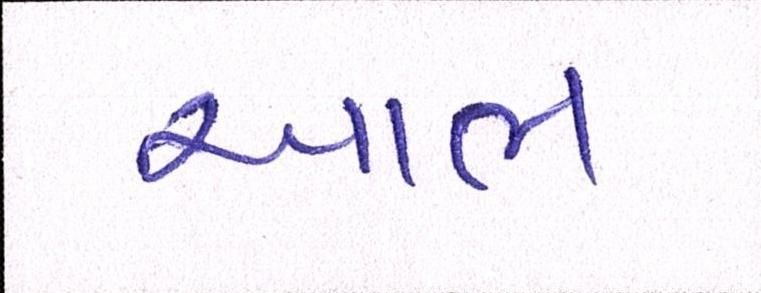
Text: આભ